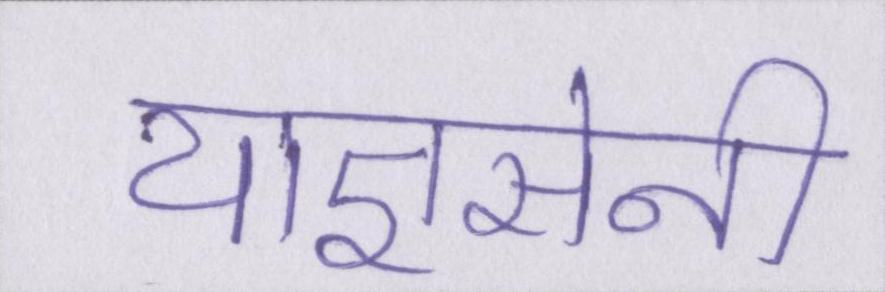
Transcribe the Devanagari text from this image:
याज्ञसेनी